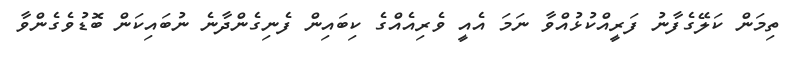
ތިމަން ކަލޭގެފާނު ފަރީއްކުޅުއްވާ ނަމަ އެއީ ވެރިއެއްގެ ކިބައިން ފެނިގެންދާނެ ނުބައިކަން ބޮޑުވެގެންވާ